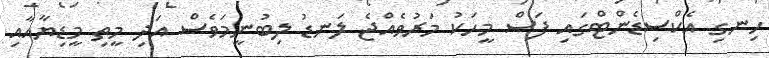
ހިނގި އެކްސިޑެންޓްގައި ފަސް މީހަކު މަރުވެއްޖެ ލަނޑު ލިބުނީމަވެސް އަދި މީތި މީޑިޔާއާއި